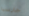
جارسيا